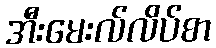
အီးမေးလ်လိပ်စာ